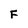
Character: F